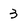
Character: 3